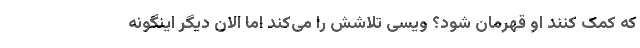
که کمک کنند او قهرمان شود؟ ویسی تلاشش را می‌کند اما الان دیگر اینگونه